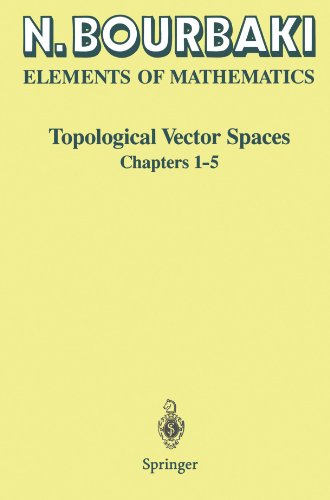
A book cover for Elements of Mathematics: Chapters 1-5; N. Bourbaki; Science & Math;